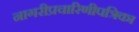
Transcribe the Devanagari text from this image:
नागरीप्रचारिणीपत्रिका